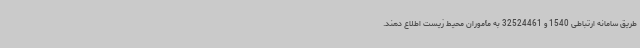
طریق سامانه ارتباطی 1540 و 32524461 به مأموران محیط زیست اطلاع دهند.